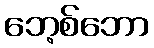
ဘေ့စ်ဘော